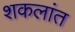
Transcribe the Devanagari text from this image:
शकलांत